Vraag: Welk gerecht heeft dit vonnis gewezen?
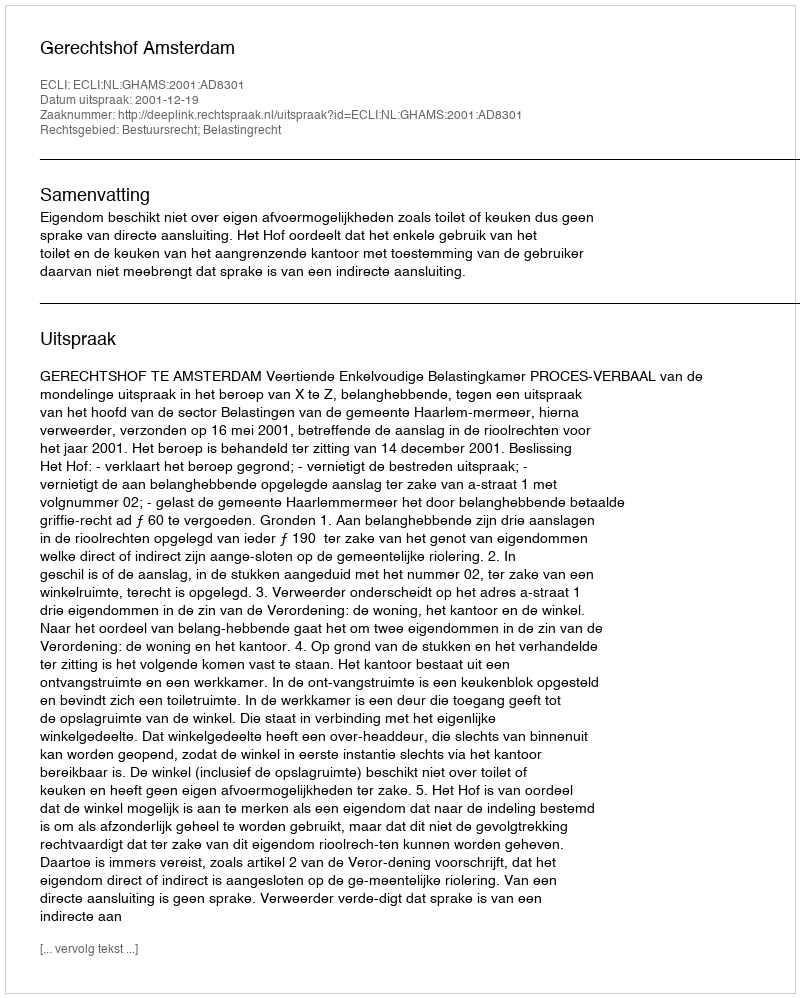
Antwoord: Gerechtshof Amsterdam